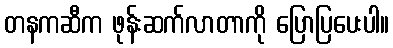
တနကဆီက ဖုန်းဆက်လာတာကို ပြောပြပေးပါ။